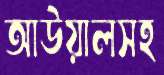
আউয়ালসহ